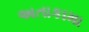
અતાકામા